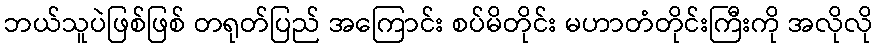
ဘယ်သူပဲဖြစ်ဖြစ် တရုတ်ပြည် အကြောင်း စပ်မိတိုင်း မဟာတံတိုင်းကြီးကို အလိုလို